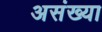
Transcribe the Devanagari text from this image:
असंख्या